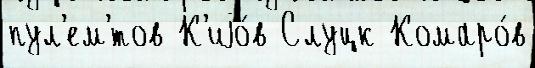
пул'ем'́тов К'иjо́в Слуцк Комаро́в